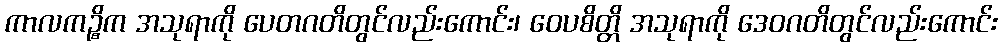
ကာလကဉ္စိက အသုရာကို ပေတဂတိတွင်လည်းကောင်း၊ ဝေပစိတ္တိ အသုရာကို ဒေဝဂတိတွင်လည်းကောင်း